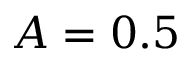
A = 0 . 5